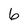
Character: 6